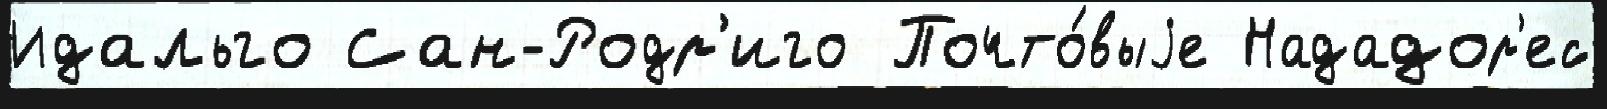
Идальго Сан-Родр'иго Почто́выjе Нададор'ес